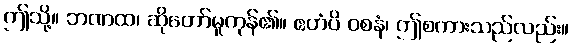
ဤသို့။ ဘဏထ၊ ဆိုတော်မူကုန်၏။ ဧတံပိ ဝစနံ၊ ဤစကားသည်လည်း။